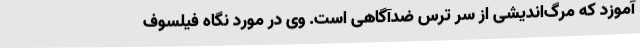
‌آموزد که مرگ‌اندیشی از سر ترس ضدآگاهی است. وی در مورد نگاه فیلسوف